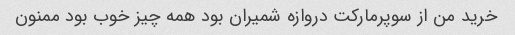
خرید من از سوپرمارکت دروازه شمیران بود همه چیز خوب بود ممنون